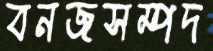
বনজসম্পদ